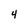
Character: 4